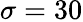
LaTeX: \sigma=30